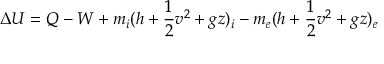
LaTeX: \Delta U = Q - W + m _ { i } ( h + { \frac { 1 } { 2 } } v ^ { 2 } + g z ) _ { i } - m _ { e } ( h + { \frac { 1 } { 2 } } v ^ { 2 } + g z ) _ { e }